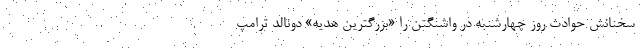
سخنانش حوادث روز چهارشنبه در واشنگتن را «بزرگترین هدیه» دونالد ترامپ